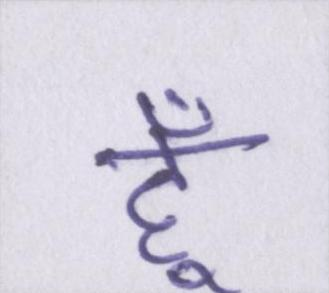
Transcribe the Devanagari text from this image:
हूँ